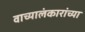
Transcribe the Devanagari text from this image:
वाच्यालंकारांच्या